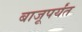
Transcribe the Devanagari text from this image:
बाजूपर्यंत